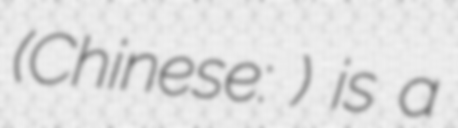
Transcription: (Chinese: 驻马店站) is a